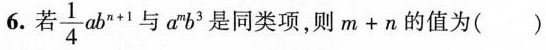
6.若\frac{1}{4}ab^{n+1}与a^{m}b^{3}是同类项，则m+n的值为()